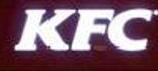
kfc